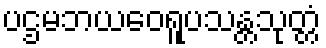
ပဌမဘယဝေရူပသန္တသုတ္တံ